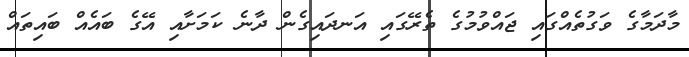
މާދަމާގެ ވަގުތެއްގައި ޖައްވުމުގެ ތެރޭގައި އަނދައިގެން ދާނެ ކަމަށާއި އޭގެ ބައެއް ބައިތައް